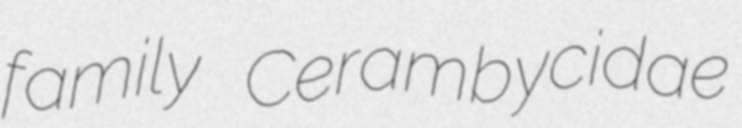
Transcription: family Cerambycidae